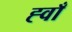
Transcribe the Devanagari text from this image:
ह्वाँ